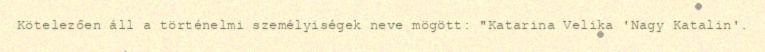
Kötelezően áll a történelmi személyiségek neve mögött: "Katarina Velika 'Nagy Katalin'.